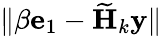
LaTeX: \| \beta\mathbf{e}_{1}-\widetilde{\mathbf{H}}_{k}\mathbf{y}\|